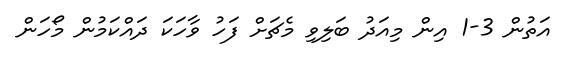
އަތުން 3-1 އިން މިއަދު ބަލިވި މެޗަށް ފަހު ވާހަކަ ދައްކަމުން މޯހަން